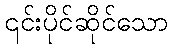
၎င်းပိုင်ဆိုင်သော